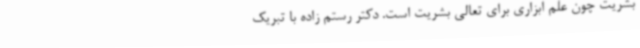
بشریت چون علم ابزاری برای تعالی بشریت است. دکتر رستم زاده با تبریک